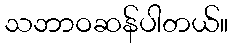
သဘာဝဆန်ပါတယ်။